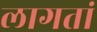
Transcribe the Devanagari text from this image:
लागतां